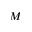
M